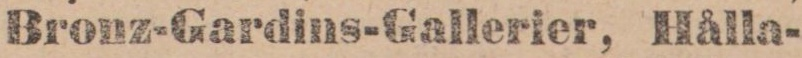
Bronz-Gardins-Gallerier, Hålla-